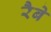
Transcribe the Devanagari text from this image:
रैबे